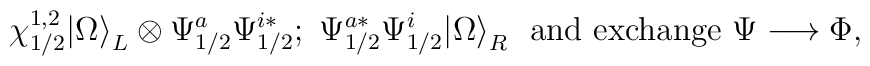
\chi^{1,2}_{1/2}|\Omega{\rangle }_L\otimes {\Psi}_{1/2}^a{\Psi}_{1/2}^{i*};\,\, {\Psi}_{1/2}^{a*}{\Psi}_{1/2}^{i} |\Omega{\rangle }_R\ \ \mbox{and exchange}\  \Psi \longrightarrow\Phi,